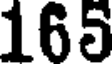
165